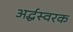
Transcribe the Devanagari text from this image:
अर्द्धस्वरक